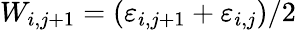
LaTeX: W_{i,j+1}=(\varepsilon_{i,j+1}+\varepsilon_{i,j})/2